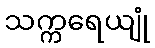
သက္ကရေယျုံ